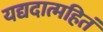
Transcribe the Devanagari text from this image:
यद्यदात्महितं